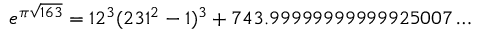
e ^ { \pi { \sqrt { 1 6 3 } } } = 1 2 ^ { 3 } ( 2 3 1 ^ { 2 } - 1 ) ^ { 3 } + 7 4 3 . 9 9 9 9 9 9 9 9 9 9 9 9 2 5 0 0 7 \dots